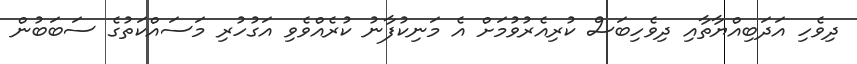
ދިވެހި އަދަބިއްޔާތާއި ދިވެހިބަސް ކުރިއެރުވުމަށް އެ މަނިކުފާނު ކުރެއްވެވި އަގުހުރި މަސައްކަތުގެ ސަބަބުން